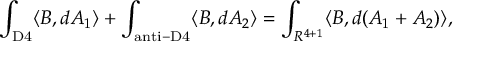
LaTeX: \int _ { \mathrm { D 4 } } \langle { \cal B } , d A _ { 1 } \rangle + \int _ { \mathrm { a n t i - D 4 } } \langle { \cal B } , d A _ { 2 } \rangle = \int _ { R ^ { 4 + 1 } } \langle { \cal B } , d ( A _ { 1 } + A _ { 2 } ) \rangle ,